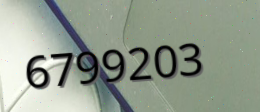
6799203